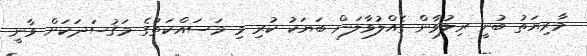
މާރިޔަތު ބުނީ ރިލުވާން ގެއްލުވާލަން ބަޔަކު ކުރި މި މަސައްކަތުގެ މަޤުސަދަކަށް ވާނީ